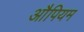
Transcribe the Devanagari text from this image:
औपियम